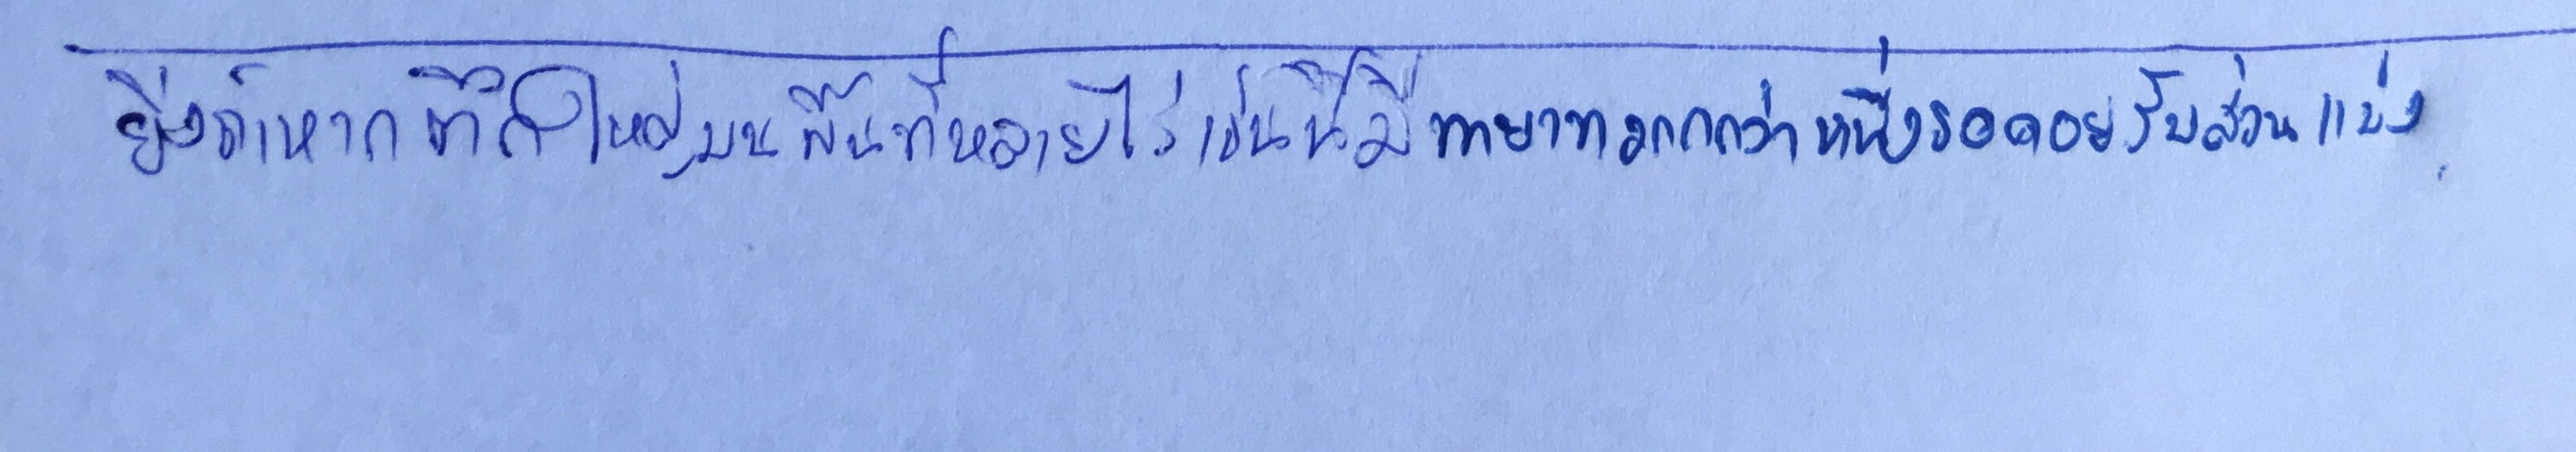
ยิ่งถ้าหากตึกใหญ่บนพื้นที่หลายไร่เช่นนี้มีทายาทมากกว่าหนึ่งรอคอยรับส่วนแบ่ง